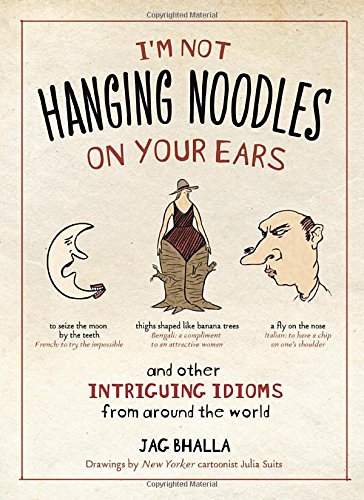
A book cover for I'm Not Hanging Noodles on Your Ears and Other Intriguing Idioms From Around the World; Jag Bhalla; Reference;